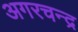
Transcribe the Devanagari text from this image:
अगरचन्द्र